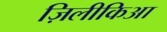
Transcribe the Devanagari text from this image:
ज़िलीकिआ